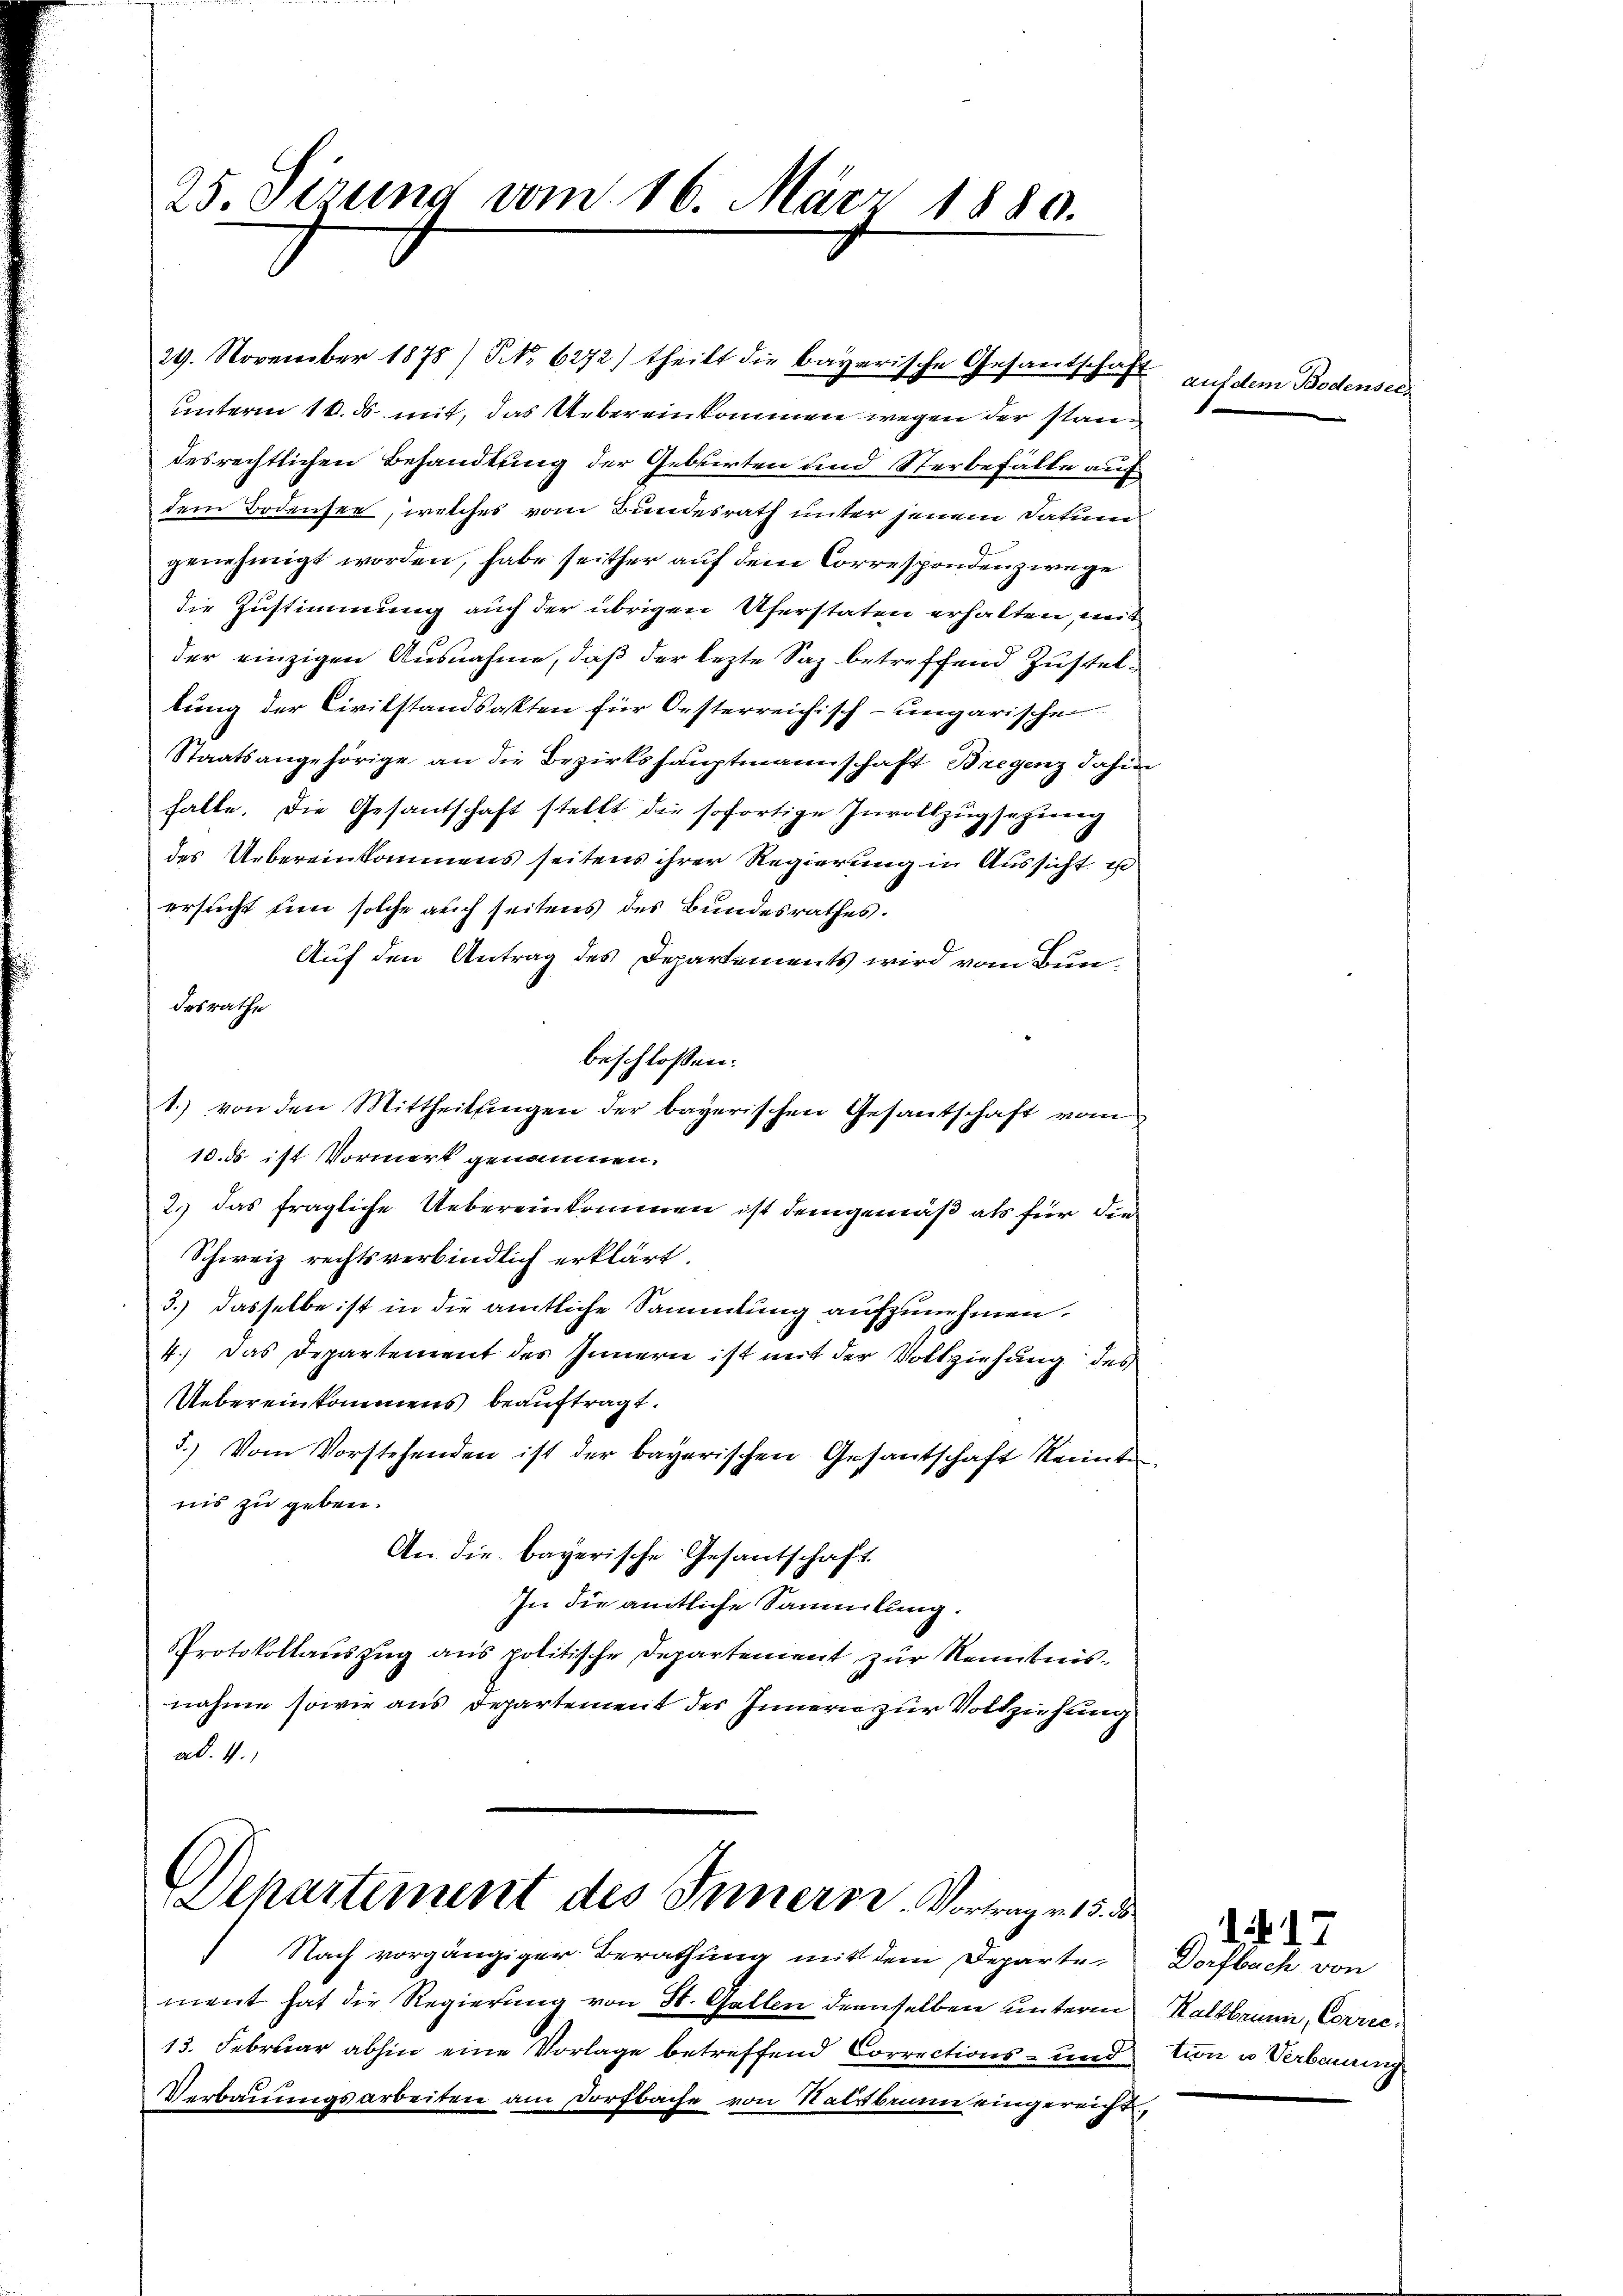
25. Jezung vom 16. März 1880.

29. November 1878/ NNo. 6272) theilt die bayerische Gesandschaft
unterm 10. ds. mit, das Uebereinkommen wegen der standesrechtlichen Behandlung der Gebirten und Sterbefälle auf
dem Bodensee, welches vom Bundesrath unter jenem Datum
genehmigt worden, habe seither auf dem Corresponden zwege
die Zustimmung auch der übrigen Uferstaten erhalten, mit
der einzigen Ausnahme, daß der lezte Saz betreffend Zusteltŭng der Civilstandsakten für Oesterreichisch-ungarischen
Staatsangehörige an die Bezirkshauptmannschaft Bregenz dahin
falle. Die Gesantschaft stellt die sofortige Invollzug schierig
des Uebereinkommens seitens ihrer Regierung in Aussicht e
ersucht ein solche auch seitens des Bundesrathes.
Auf den Antrag des Departements wird vom Bundesrathe
beschlossen:
1. von den Mittheilungen der bayerischen Gesantschaft vom
10. ds ist Vormerk genommen.
2.) Das fragliche Uebereinkommen ist demgemäß als für die
Schweiz rechtsverbindlich erklärt.
3.) dasselbe ist in die amtliche Sammlung aufzunehmen.
4. Das Departement des Innern ist mit der Vollziehung des
Uebereinkommens beauftragt.
5.) Vom Vorstehenden ist der bayerischen Gesantschaft Renten
nis zu geben.
An die bayerische Gesantschaft.
In die amtliche Sammlung.
Protokollauszug aus politische Departement zur Kenntnisnahme sowie aus Departement des Innern zur Vollziehung
ad. 4.

Departement des Innerte. Vortrag v. 15. d.

Nach vorgängiger Berathung mit dem Departe
ment hat die Regierung von St. Gallen denselben unterm
13. Februar abhin eine Vorlage betreffend Corrections- und
Verbauungsarbeiten am Dorfbache von Ratsbrunn eingereicht,

auf dem Bodensei

Dorfbach von
Kaltbrunn, Correc
tion u Verbauung

1 f 17